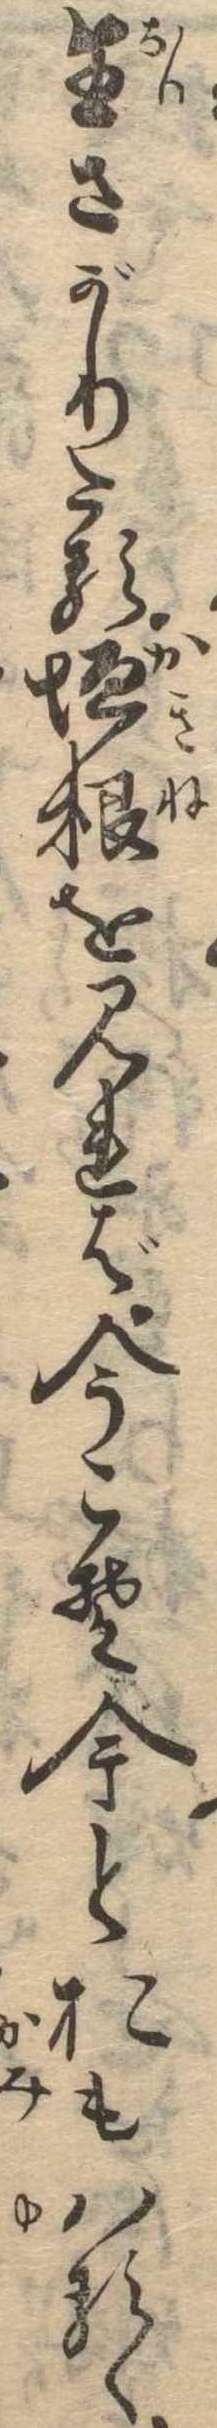
生さがりたる垣根を見れば今こそ今とおもはるゝ